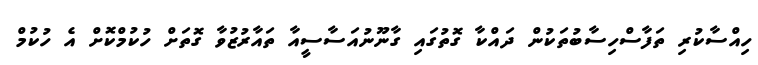
ހިއްސާކުރި ތަފާސްހިސާބުތަކުން ދައްކާ ގޮތުގައި ގާނޫނުއަސާސީއާ ތައާރުޒުވާ ގޮތަށް ހުކުމްކޮށް އެ ހުކުމް